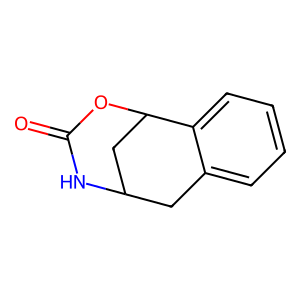
SMILES: O=C1NC2Cc3ccccc3C(C2)O1
Inhibits HIV replication: No